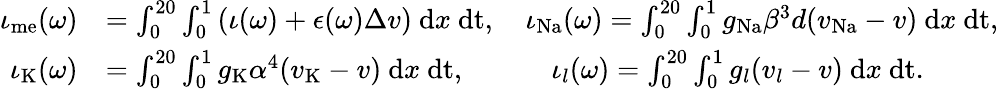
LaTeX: \begin{array}{rl}{\iota_{\mathrm{me}}(\omega)}&{=\int_{0}^{20}\int_{0}^{1}\left(\iota(\omega)+\epsilon(\omega)\Delta v\right)\mathrm{~d}x\mathrm{~dt},\quad\iota_{\mathrm{Na}}(\omega)=\int_{0}^{20}\int_{0}^{1}g_{\mathrm{Na}}\beta^{3}d(v_{\mathrm{Na}}-v)\mathrm{~d}x\mathrm{~dt},}\\ {\iota_{\mathrm{K}}(\omega)}&{=\int_{0}^{20}\int_{0}^{1}g_{\mathrm{K}}\alpha^{4}(v_{\mathrm{K}}-v)\mathrm{~d}x\mathrm{~dt},\quad\quad\quad\iota_{l}(\omega)=\int_{0}^{20}\int_{0}^{1}g_{l}(v_{l}-v)\mathrm{~d}x\mathrm{~dt}.}\end{array}